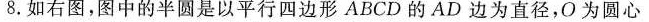
8.如右图图中的半圆是以平行四边形ABCD的AD边为直径为圆心